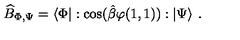
\widehat { B } _ { \Phi , \Psi } = \left\langle \Phi \right| : \cos ( \hat { \beta } \varphi ( 1 , 1 ) ) : \left| \Psi \right\rangle \: .